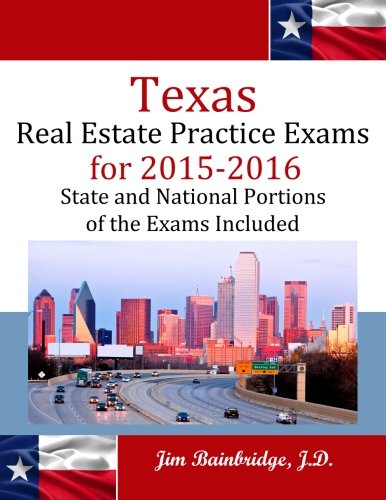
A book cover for Texas Real Estate Practice Exams for 2015-2016: State and National Portions of the Exams Included; Jim Bainbridge J.D.; Business & Money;